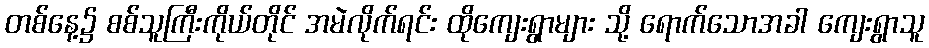
တစ်နေ့၌ စစ်သူကြီးကိုယ်တိုင် အမဲလိုက်ရင်း ထိုကျေးရွာများ သို့ ရောက်သောအခါ ကျေးရွာသူ